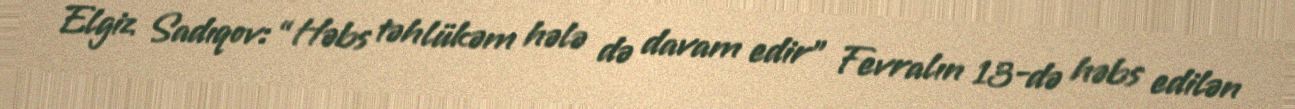
Elgiz Sadıqov: “Həbs təhlükəm hələ də davam edir” Fevralın 13-də həbs edilən